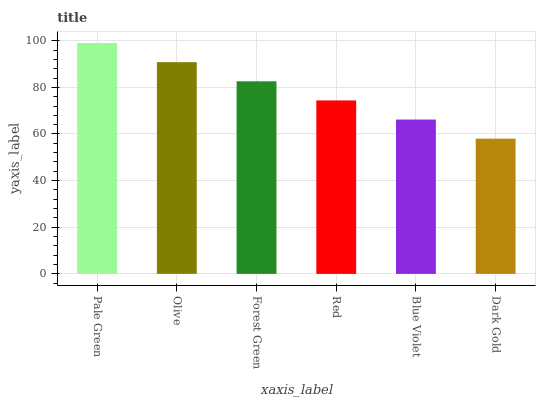
| xaxis_label | bars |
 | --- | --- |
 | Pale Green | 99 |
 | Olive | 90.8 |
 | Forest Green | 82.6 |
 | Red | 74.4 |
 | Blue Violet | 66.2 |
 | Dark Gold | 58 |